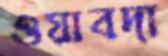
ওয়াবদা